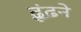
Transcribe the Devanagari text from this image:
ढ़ूंढ़ने